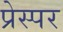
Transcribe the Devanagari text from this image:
प्रेस्पर